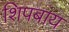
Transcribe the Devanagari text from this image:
शिपबाय